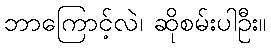
ဘာကြောင့်လဲ၊ ဆိုစမ်းပါဦး။